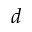
\boldsymbol { d }